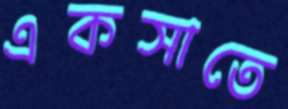
একসাতে